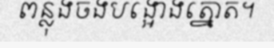
ពន្លុងចងបង្អោងត្នោត។